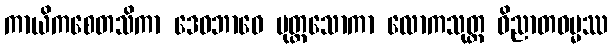
ကာယိကစေတသိကာ ဒေဝဘာဝေ ပုတ္တသောကာ လောကသုတ္တ ဝိညာတဓမ္မဿ